Insane asylums in Bengal annual reports 1867-1875 - 1867-1875
Year: 1867
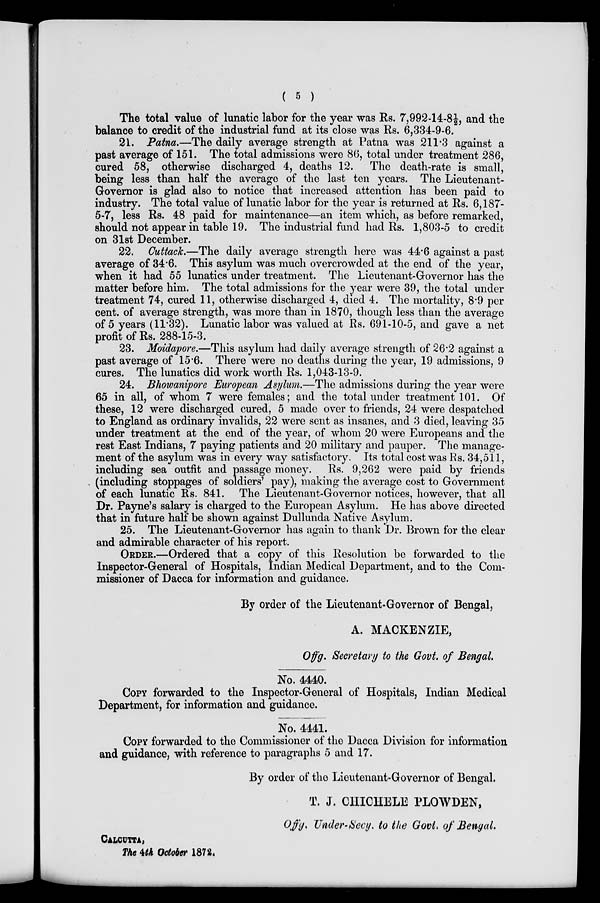
( 5 )
The total value of lunatic labor for the year was Rs. 7,992-14-8½, and the
balance to credit of the industrial fund at its close was Rs. 6,334-9-6.
21. Patna.—The daily average strength at Patna was 211.3 against a
past average of 151. The total admissions were 86, total under treatment 286,
cured 58, otherwise discharged 4, deaths 12. The death-rate is small,
being less than half the average of the last ten years. The Lieutenant-
Governor is glad also to notice that increased attention has been paid to
industry. The total value of lunatic labor for the year is returned at Rs. 6,187-
5-7, less Rs. 48 paid for maintenance—an item which, as before remarked,
should not appear in table 19. The industrial fund had Rs. 1,803-5 to credit
on 31st December.
22. Cuttack.—The daily average strength here was 44.6 against a past
average of 34.6. This asylum was much overcrowded at the end of the year,
when it had 55 lunatics under treatment. The Lieutenant-Governor has the
matter before him. The total admissions for the year were 39, the total under
treatment 74, cured 11, otherwise discharged 4, died 4. The mortality, 8.9 per
cent. of average strength, was more than in 1870, though less than the average
of 5 years (11.32). Lunatic labor was valued at Rs. 691-10-5, and gave a net
profit of Rs. 288-15-3.
23. Moidapore.—This asylum had daily average strength of 26.2 against a
past average of 15.6. There were no deaths during the year, 19 admissions, 9
cures. The lunatics did work worth Rs. 1,043-13-9.
24. Bhowanipore European Asylum.—The admissions during the year were
65 in all, of whom 7 were females; and the total under treatment 101. Of
these, 12 were discharged cured, 5 made over to friends, 24 were despatched
to England as ordinary invalids, 22 were sent as insanes, and 3 died, leaving 35
under treatment at the end of the year, of whom 20 were Europeans and the
rest East Indians, 7 paying patients and 20 military and pauper. The manage-
ment of the asylum was in every way satisfactory. Its total cost was Rs. 34,511,
including sea outfit and passage money. Rs. 9,262 were paid by friends
(including stoppages of soldiers' pay), making the average cost to Government
of each lunatic Rs. 841. The Lieutenant-Governor notices, however, that all
Dr. Payne's salary is charged to the European Asylum. He has above directed
that in future half be shown against Dullunda Native Asylum.
25. The Lieutenant-Governor has again to thank Dr. Brown for the clear
and admirable character of his report.
ORDER.—Ordered that a copy of this Resolution be forwarded to the
Inspector-General of Hospitals, Indian Medical Department, and to the Com-
missioner of Dacca for information and guidance.
By order of the Lieutenant-Governor of Bengal,
A. MACKENZIE,
Offg. Secretary to the Govt. of Bengal.
No. 4440.
COPY forwarded to the Inspector-General of Hospitals, Indian Medical
Department, for information and guidance.
No. 4441.
COPY forwarded to the Commissioner of the Dacca Division for information
and guidance, with reference to paragraphs 5 and 17.
By order of the Lieutenant-Governor of Bengal.
T. J. CHICHELE PLOWDEN,
Offg. Under-Secy. to the Govt. of Bengal.
CALCUTTA,
The 4th October 1872.